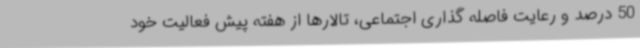
50 درصد و رعایت فاصله گذاری اجتماعی، تالارها از هفته پیش فعالیت خود